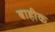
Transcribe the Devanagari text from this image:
बाहीक